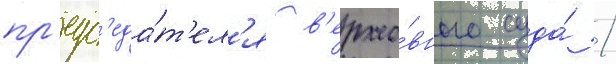
пр'едс'еда́т'ел'я в'ерхо́вного суда́ /